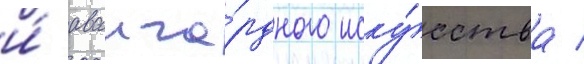
и́ аванга́рдного иску́сства /